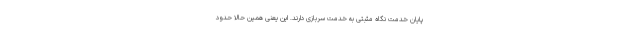
پایان خدمت نگاه مثبتی به خدمت سربازی دارند. این یعنی همین حالا حدود